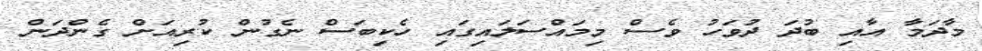
މާދަމާ އާއި ބުދަ ދުވަހު ވެސް މިމައްސަލައިގައި ހެކިބަސް ނެގުން ކުރިއަށް ގެންދަން